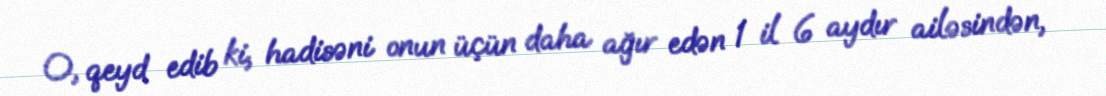
O, qeyd edib ki, hadisəni onun üçün daha ağır edən 1 il 6 aydır ailəsindən,